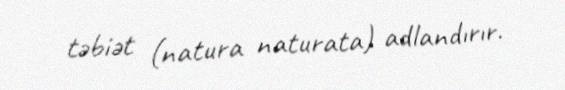
təbiət (natura naturata) adlandırır.